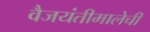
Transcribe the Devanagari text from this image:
वैजयंतीमालेची